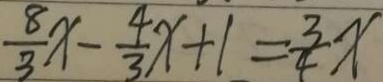
\frac { 8 } { 3 } x - \frac { 4 } { 3 } x + 1 = \frac { 3 } { 4 } x